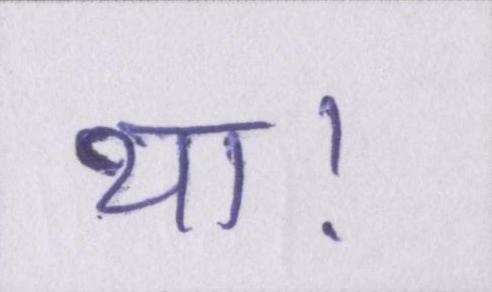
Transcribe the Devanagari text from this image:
था।